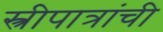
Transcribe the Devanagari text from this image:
स्त्रीपात्रांची